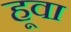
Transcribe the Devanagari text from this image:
हूवा